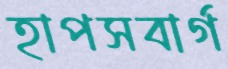
হাপসবার্গ